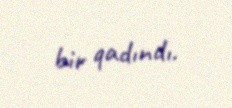
bir qadındı.